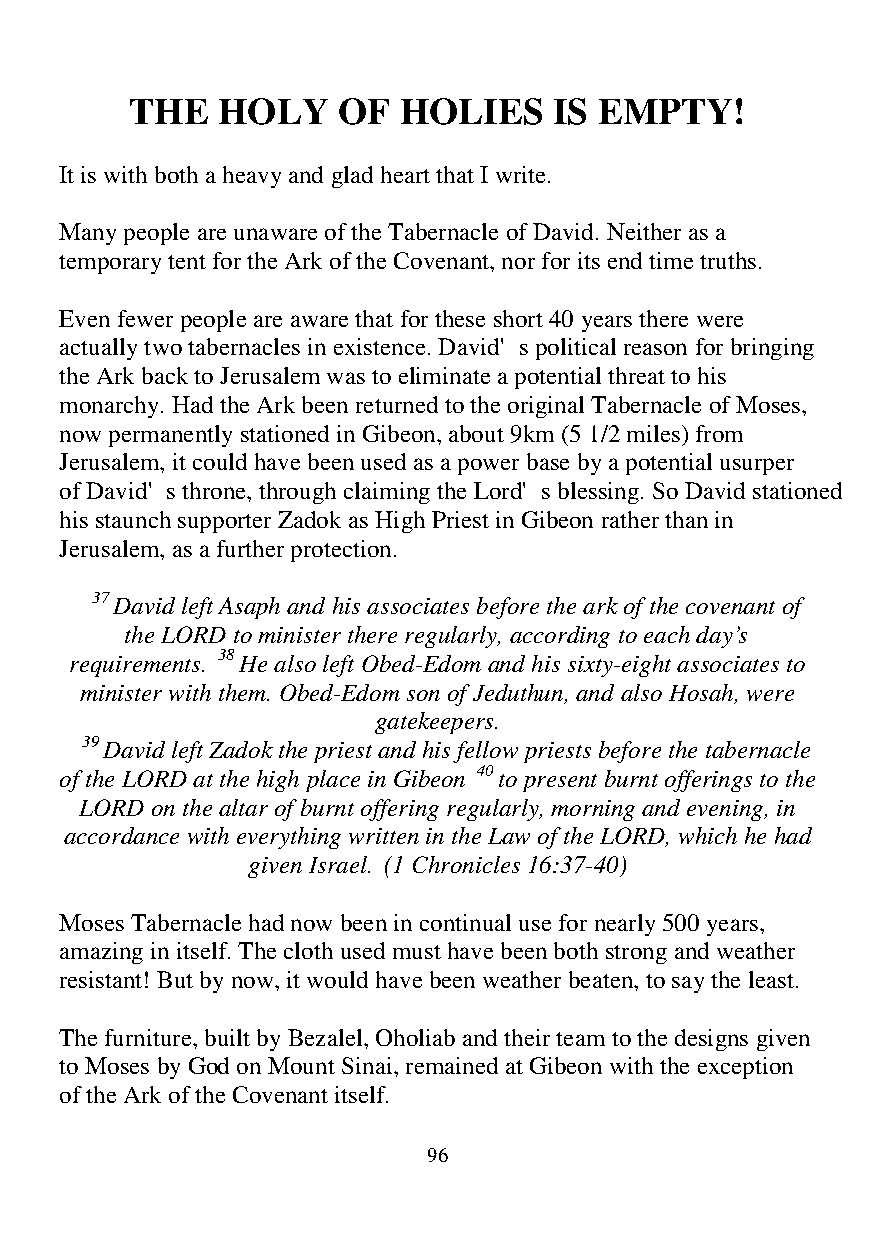
THE  HOLY    OF  HOLIES     IS EMPTY!
 It is with both a heavy and glad heart that I write.
 Many people are unaware of the Tabernacle of David. Neither as a
 temporary tent for the Ark of the Covenant, nor for its end time truths.
 Even fewer people are aware that for these short 40 years there were
 actually two tabernacles in existence. David's political reason for bringing
 the Ark back to Jerusalem was to eliminate a potential threat to his
 monarchy. Had the Ark been returned to the original Tabernacle of Moses,
 now permanently stationed in Gibeon, about 9km (5 1/2 miles) from
 Jerusalem, it could have been used as a power base by a potential usurper
 of David's throne, through claiming the Lord's blessing. So David stationed
 his staunch supporter Zadok as High Priest in Gibeon rather than in
 Jerusalem, as a further protection.
 37 David left Asaph and his associates before the ark of the covenant of
 the LORD to minister there regularly, according to each day’s
 requirements. 38 He also left Obed-Edom and his sixty-eight associates to
 minister with them. Obed-Edom son of Jeduthun, and also Hosah, were
 gatekeepers.
 39 David left Zadok the priest and his fellow priests before the tabernacle
 of the LORD at the high place in Gibeon 40 to present burnt offerings to the
 LORD on the altar of burnt offering regularly, morning and evening, in
 accordance with everything written in the Law of the LORD, which he had
 given Israel. (1 Chronicles 16:37-40)
 Moses Tabernacle had now been in continual use for nearly 500 years,
 amazing in itself. The cloth used must have been both strong and weather
 resistant! But by now, it would have been weather beaten, to say the least.
 The furniture, built by Bezalel, Oholiab and their team to the designs given
 to Moses by God on Mount Sinai, remained at Gibeon with the exception
 of the Ark of the Covenant itself.
 96